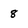
Character: 8